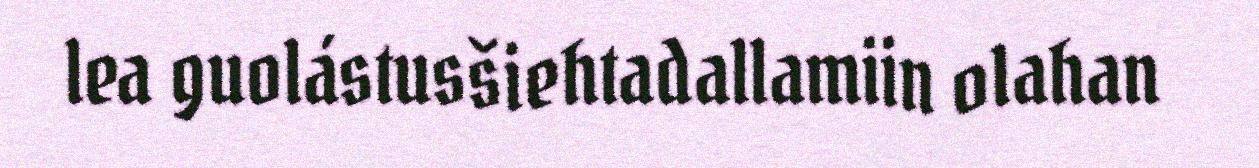
lea guolástusšiehtadallamiin olahan